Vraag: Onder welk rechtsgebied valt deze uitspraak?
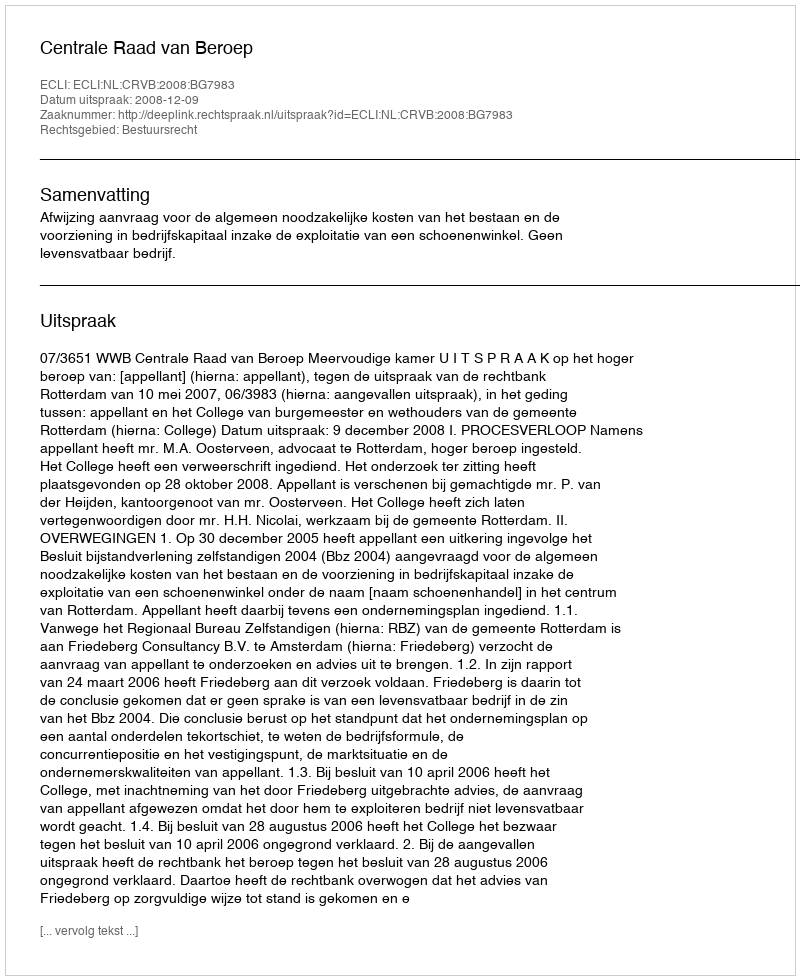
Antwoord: Bestuursrecht